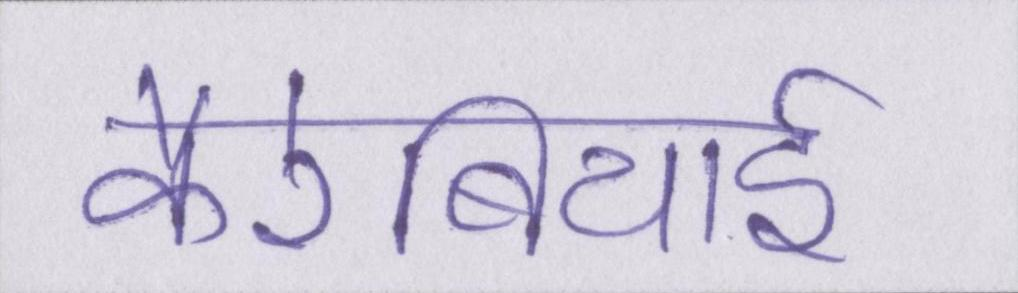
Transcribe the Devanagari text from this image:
कैरेबियाई